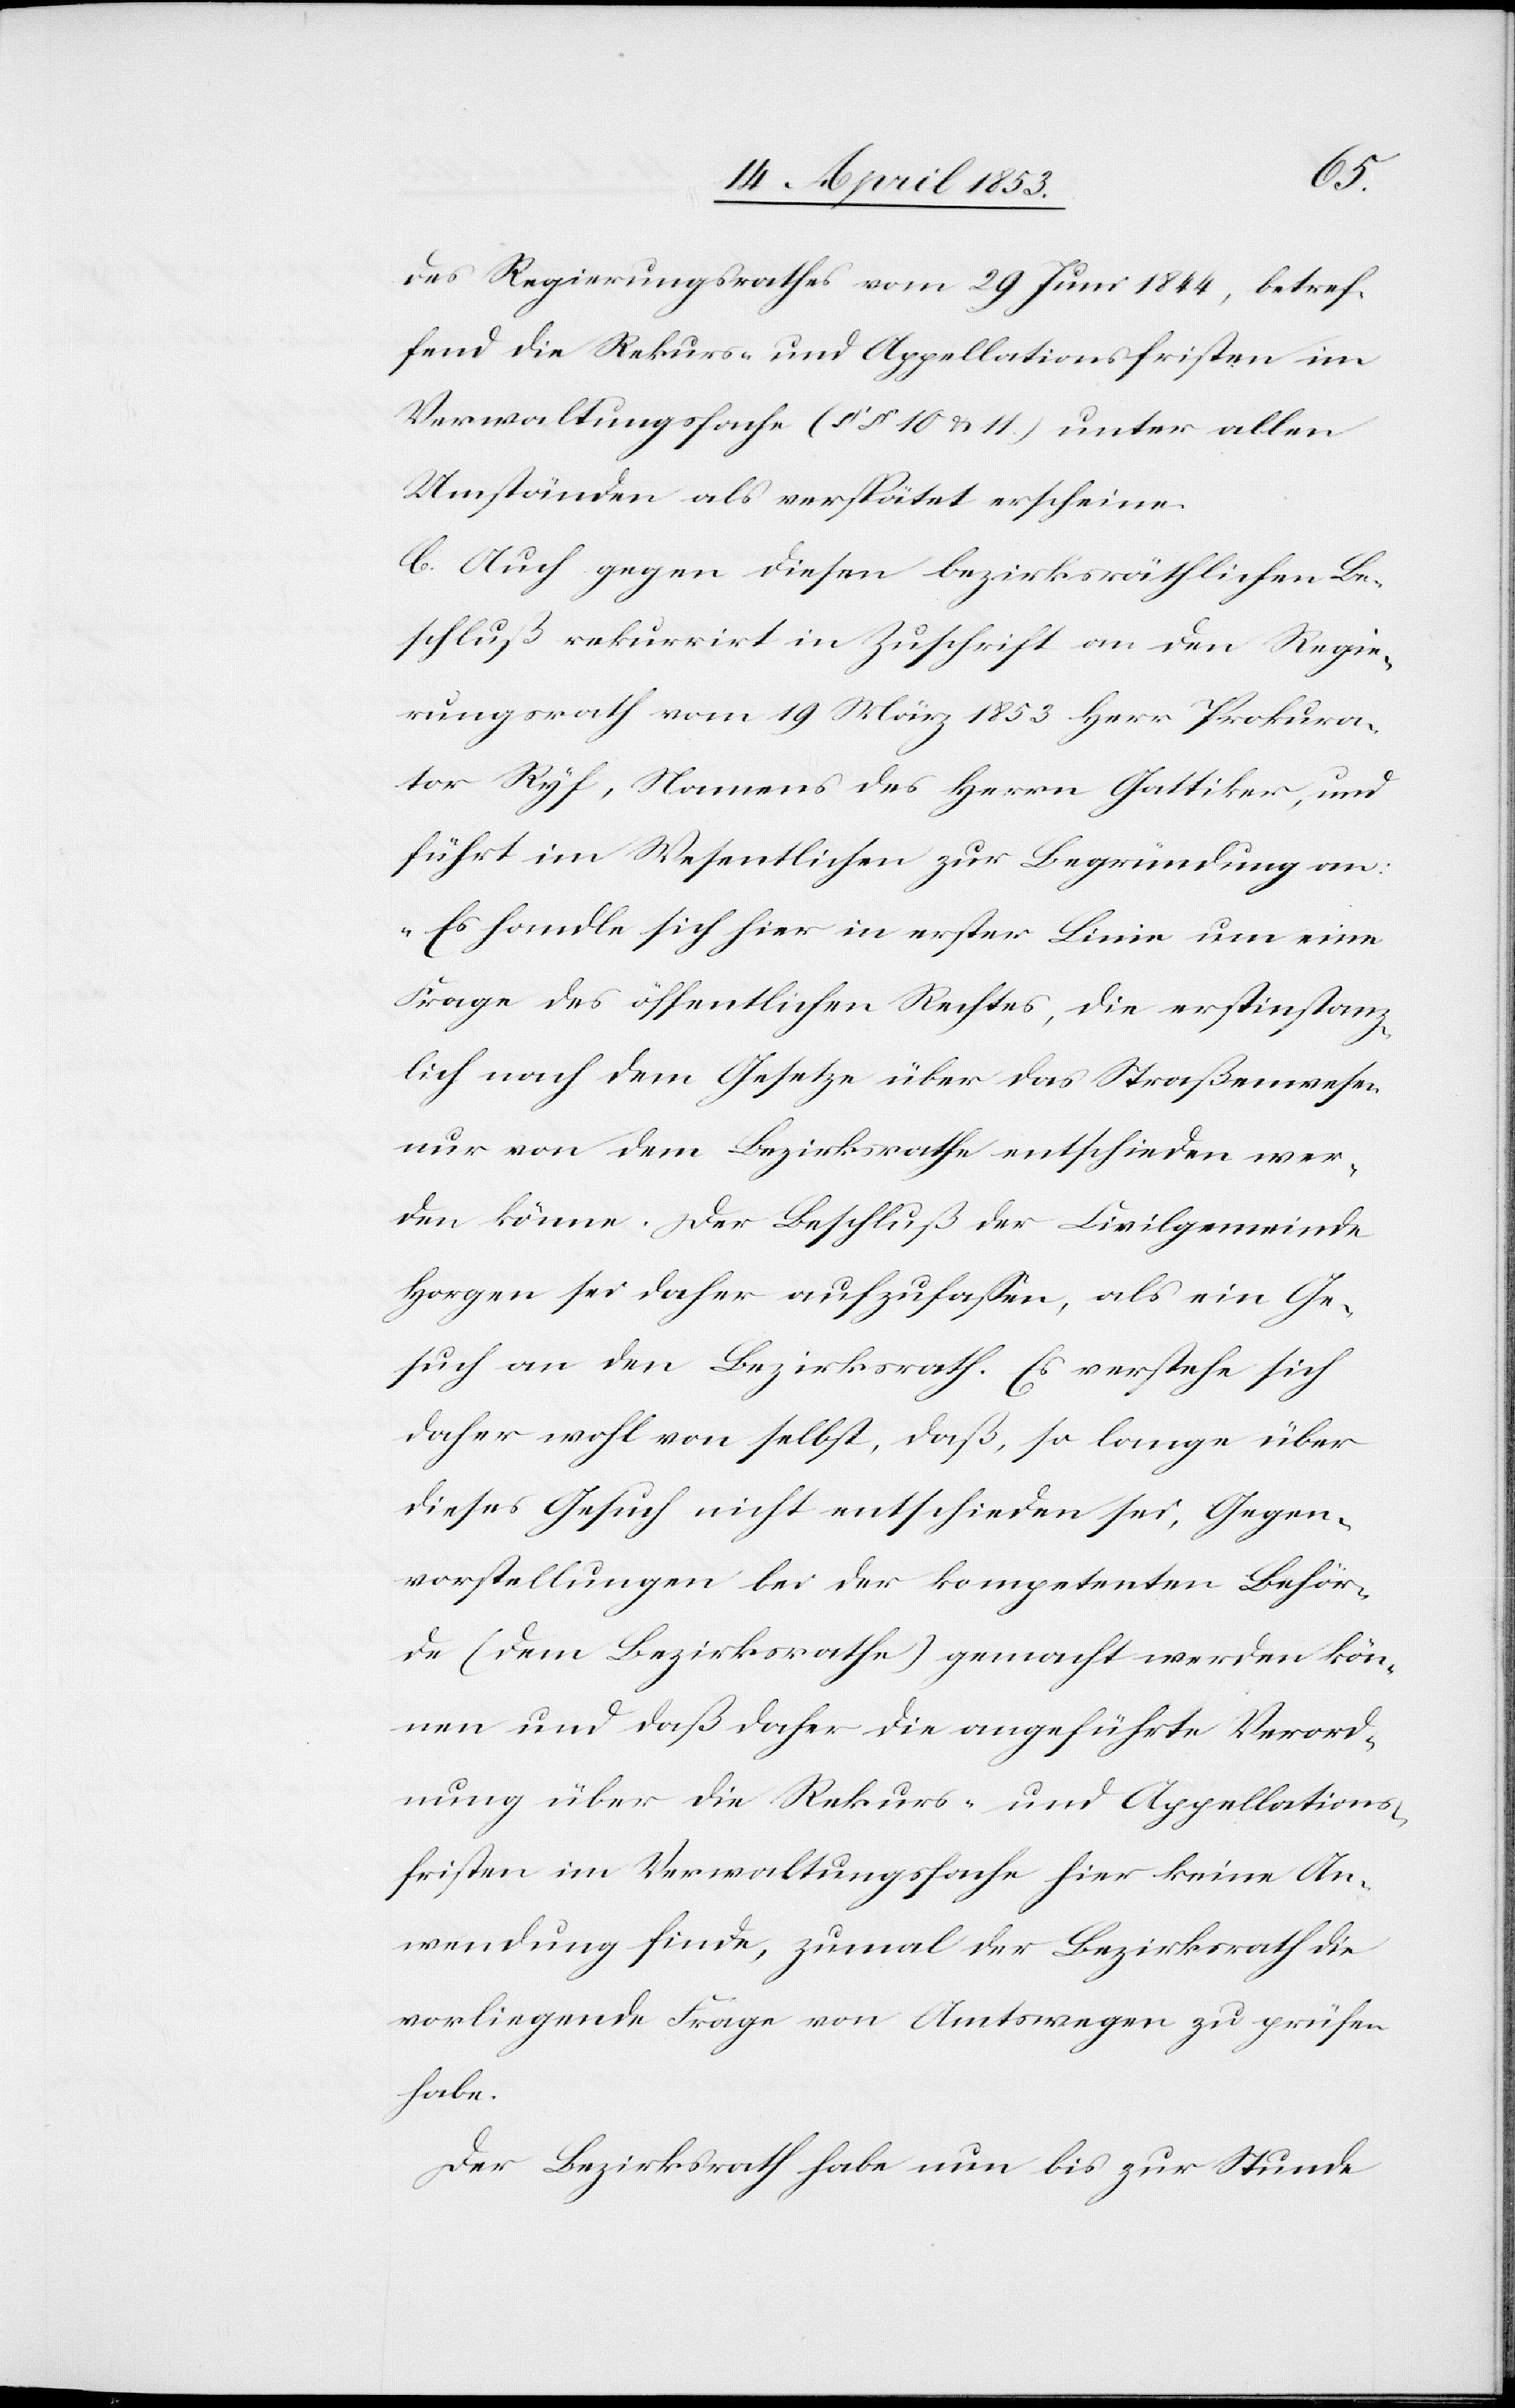
des Regierungsrathes vom 29 Juni 1844, betref¬
fend die Rekurse- und Appellationsfristen im
Verwaltungsfache (§§ 10 u. 11) unter allen
Umständen als verspätet erscheine.
C. Auch gegen diesen bezirksräthlichen Be¬
schluß rekurrirt in Zuschrift an den Regie¬
rungsrath vom 19 März 1853 Herr Prokura¬
tor Ryf, Namens des Herrn Gattiker, und
führt im Wesentlichen zur Begründung an:
„Es handle sich hier in erster Linie um eine
Frage des öffentlichen Rechtes, die erstinstanz¬
lich nach dem Gesetze über das Straßenwesen
nur von dem Bezirksrathe entschieden wer¬
den könne. Der Beschluß der Civilgemeinde
Horgen sei daher aufzufaßen, als ein Ge¬
such an den Bezirksrath. Es verstehe sich
daher wohl von selbst, daß, so lange über
dieses Gesuch nicht entschieden sei, Gegen¬
vorstellungen bei der kompetenten Behör¬
de (dem Bezirksrathe) gemacht werden kön¬
nen und daß daher die angeführte Verord¬
nung über die Rekurs- und Appellations¬
fristen im Verwaltungsfache hier keine An¬
wendung finde, zumal der Bezirksrath die
vorliegende Frage von Amtswegen zu prüfen
habe.
Der Bezirksrath habe nun bis zur Stunde